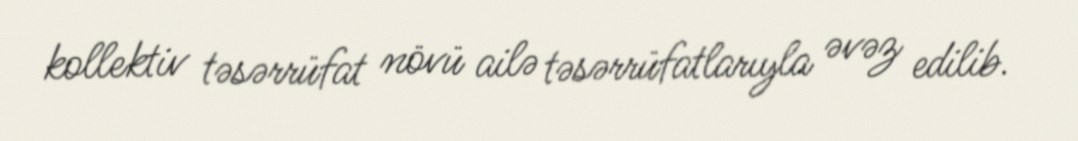
kollektiv təsərrüfat növü ailə təsərrüfatlarıyla əvəz edilib.